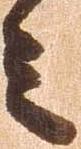
之